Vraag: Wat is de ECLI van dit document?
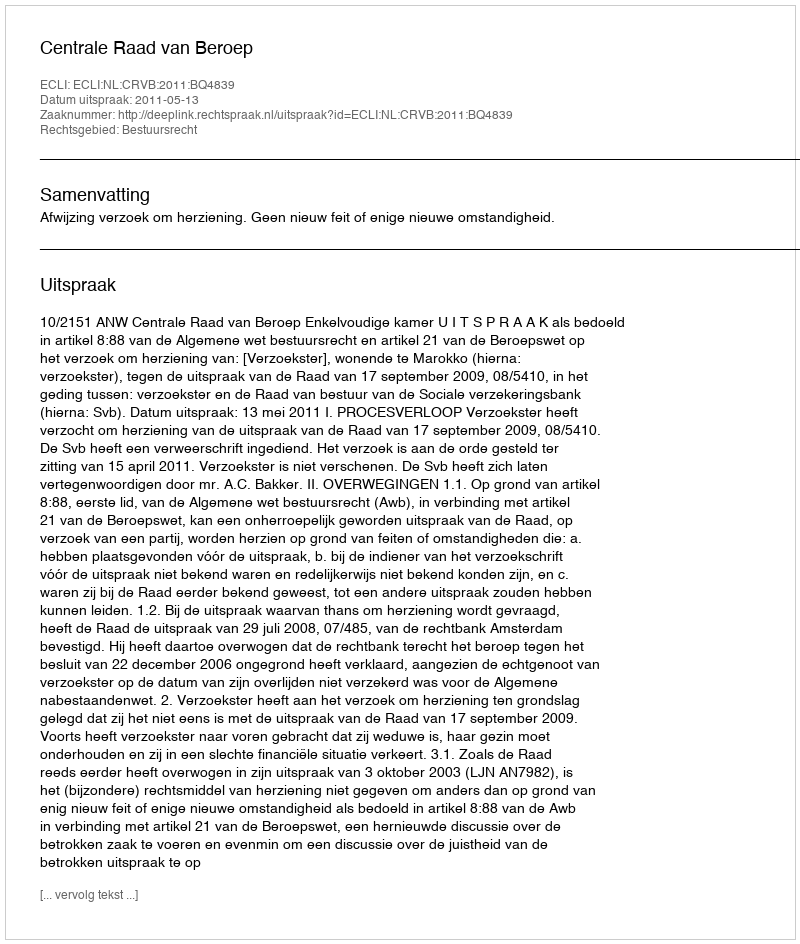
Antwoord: ECLI:NL:CRVB:2011:BQ4839